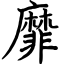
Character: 靡